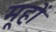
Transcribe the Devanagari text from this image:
मूहों